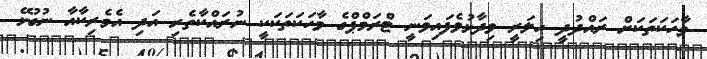
ވާހަކަތަކަށް ރައްދުދީ ހިލަރީ ވިދާޅުވެފައިވަނީ ޓްރަމްޕްގެ ވާހަކަތަކަކީ ނުރައްކާތެރި އަދި އެމެރިކާއާ ނުގުޅޭ